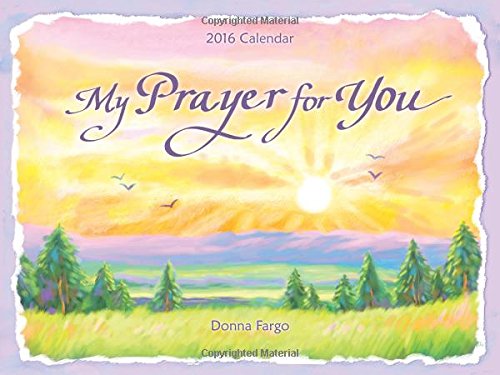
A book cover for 2016 Calendar: My Prayer for You; Donna Fargo; Calendars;